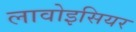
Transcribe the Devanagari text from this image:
लावोइसियर